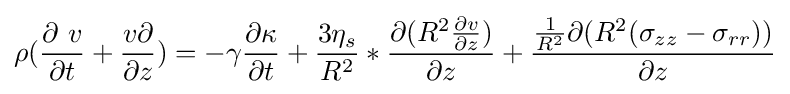
\rho ({\frac {\partial \ v}{\partial t}}+{\frac {v\partial }{\partial z}})=-\gamma {\frac {\partial \kappa }{\partial t}}+{\frac {3\eta _{s}}{R^{2}}}*{\frac {\partial (R^{2}{\frac {\partial v}{\partial z}})}{\partial z}}+{\frac {{\frac {1}{R^{2}}}\partial (R^{2}(\sigma _{zz}-\sigma _{rr}))}{\partial z}}